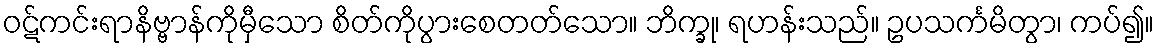
ဝဋ်ကင်းရာနိဗ္ဗာန်ကိုမှီသော စိတ်ကိုပွားစေတတ်သော။ ဘိက္ခု၊ ရဟန်းသည်။ ဥပသင်္ကမိတွာ၊ ကပ်၍။